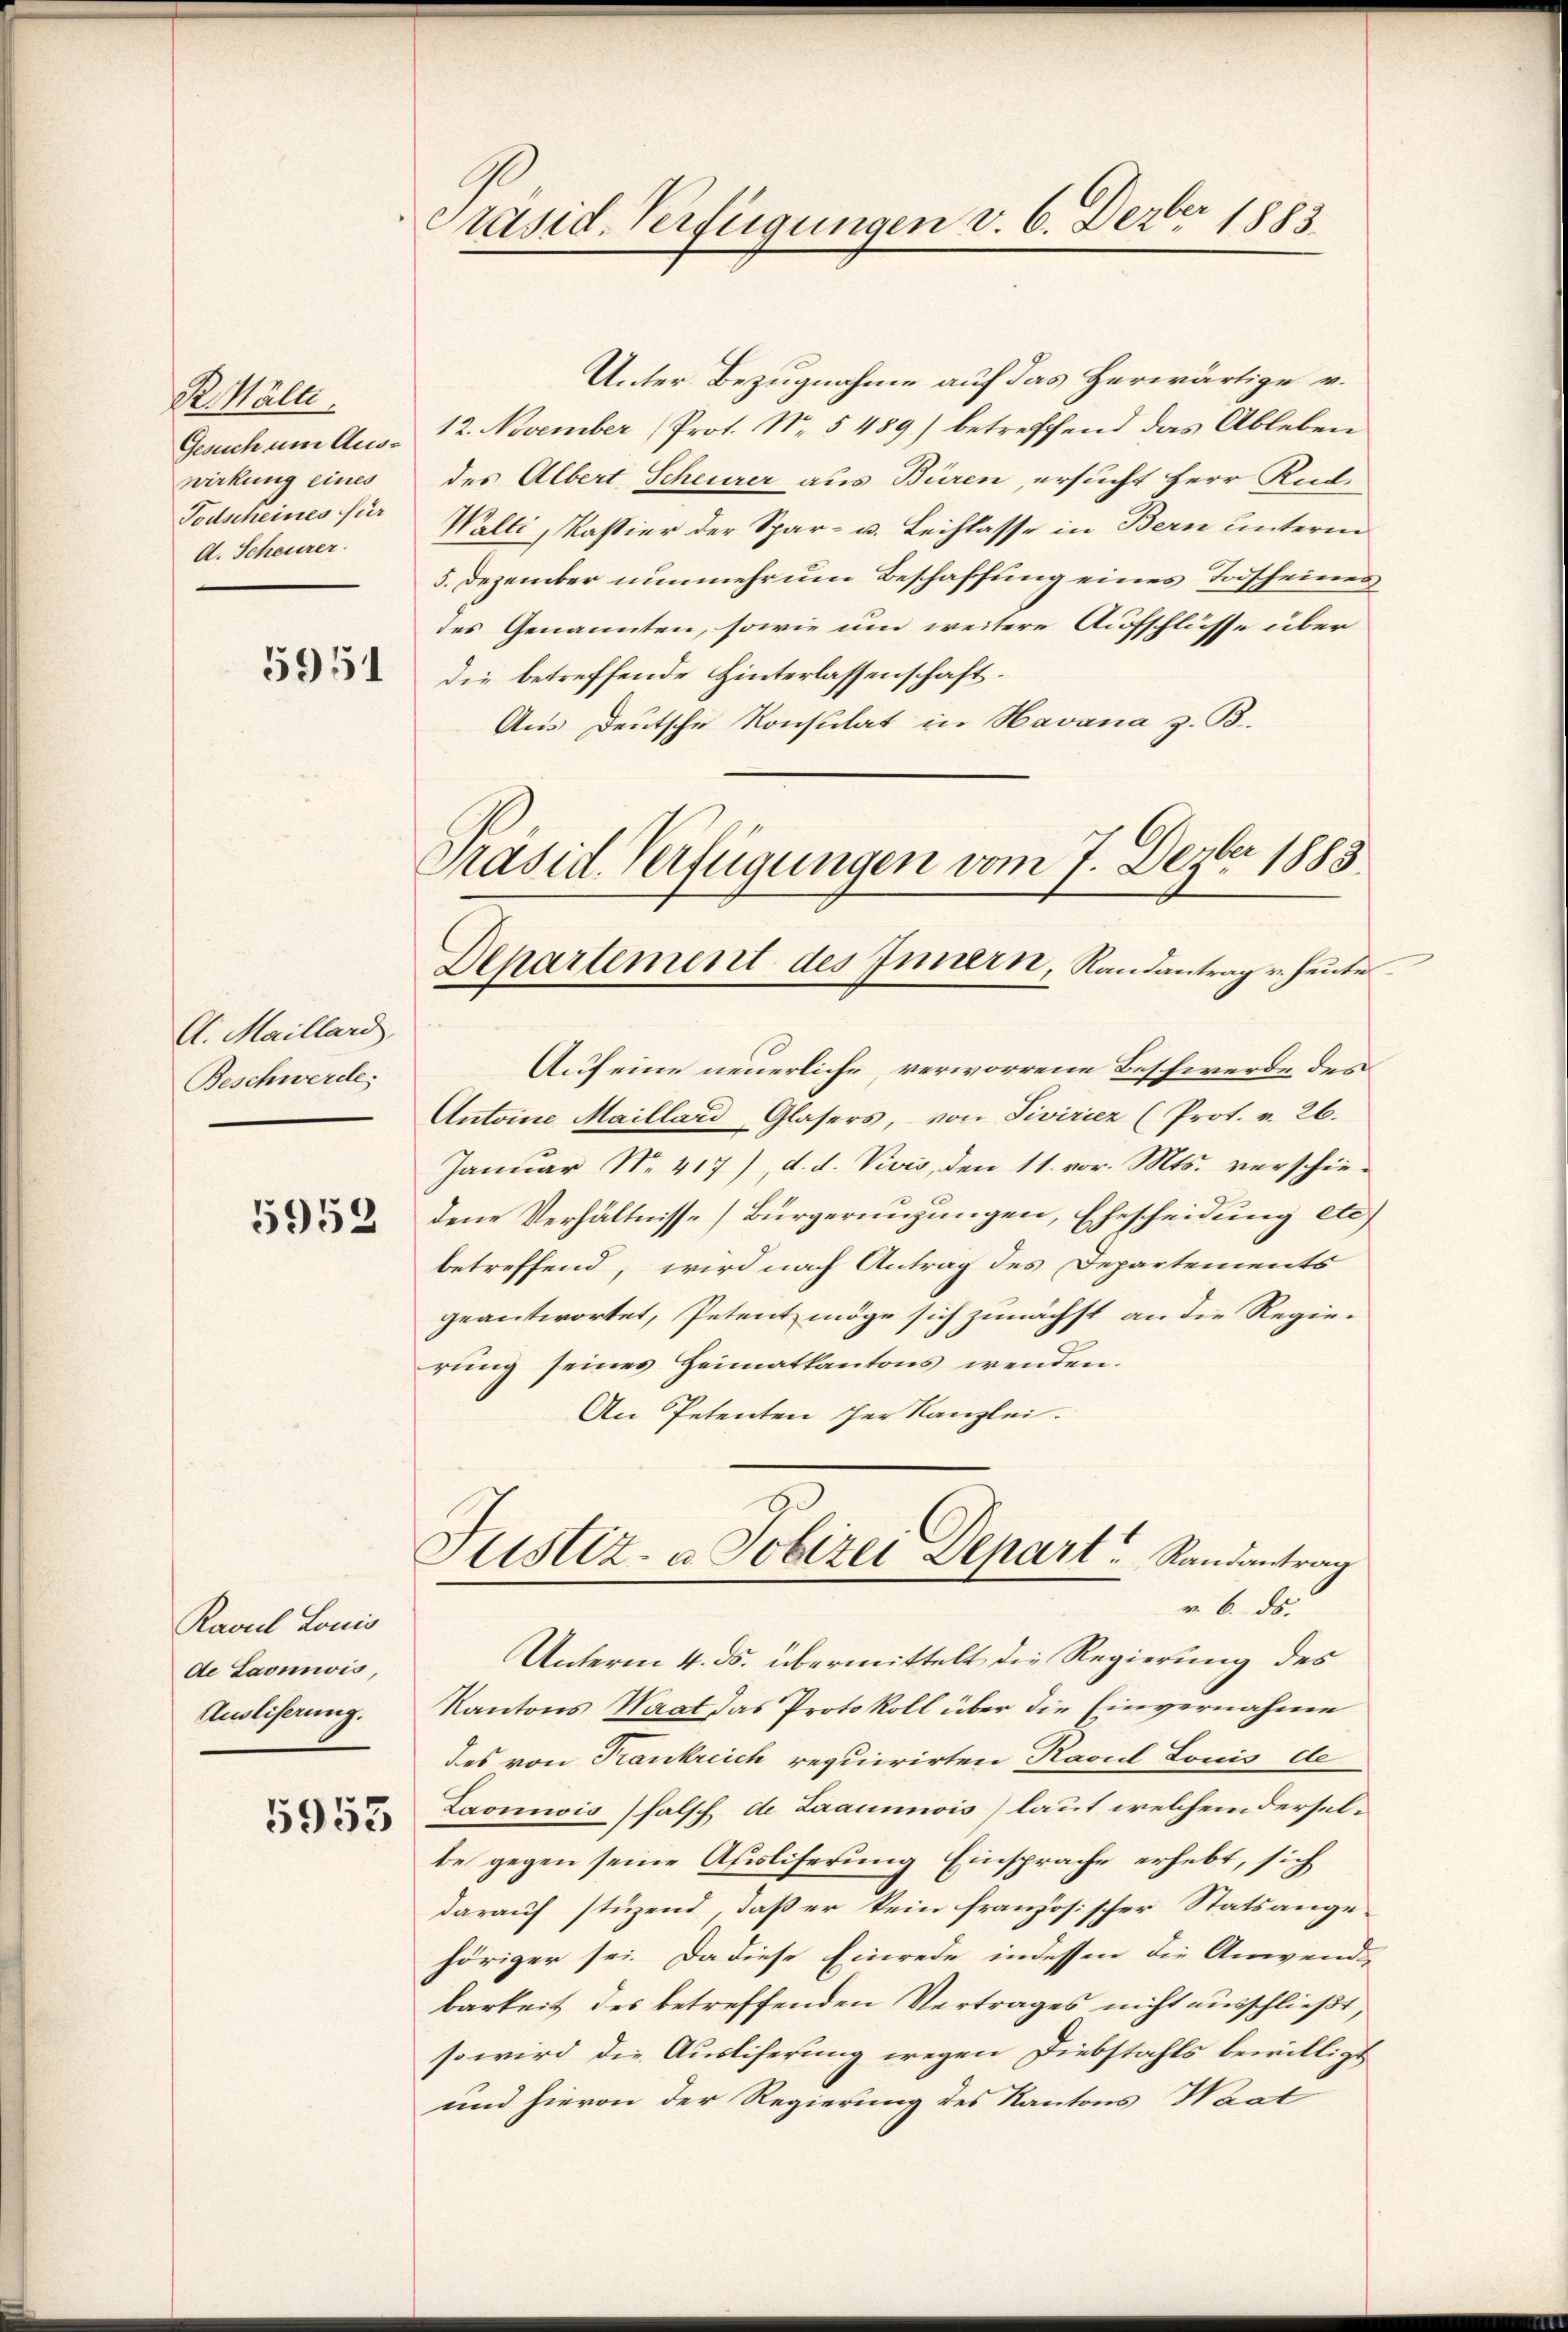
R. Hälte.
Gesuch um Auswirkung eines
Todscheines für
A. Scheurer.

5951

A. Maillard,
Beschwerde;

5952

Ravul Louis
de Laonwis,
Ausliserung.

5953

Präsid. Verfügungen v. 6. Dezbr 1883

Unter Bezugnahme auf das herwärtige v.
12. November (Prot. Nr. 5 489) betreffend das Ableben
des Albert Scheurer aus Büren, ersucht Herr Rud.
Walti, Kassier der Spar- u. Leichlasse in Bern unterm
5. Dezember nunmehr um Beschaffung eines Todscheinen
des Genannten, sowie um weitere Aufschlüsse über
die betreffende Hinterlassenschaft.
Aus deutsche Konsulat in Havana z. B.
u
Präsid. Verfügungen vom 7. Dezbr. 1883.

Departement des Innern, Randantrag u. heute

Auf eine neuerliche, verworrene Beschwerde des
Antoine Maillard Glasers, von Sivirier (Prot. v. 26.
Januar No. 417), d. d. Vivis, den 11. vor. Mts. verschie-
dene Verhältnisse] Bürgeringungen, Ehescheidung etc.)
betreffend, wird nach Antrag des Departements
geantwortet, Petent möge sich zunächst an die Regie-
rung seines Heimatkantons wenden.
An Petenten der Kanzlei.
Justiz- & Polizei Depart Randantrag
v. 6. ds.
Unterm 4. ds. übermittelt die Regierung des
Kantons Waat das Protokoll über die Einvernahme
des von Frankreich requirirten Ravul Louis de
Laomnis falsch de Laaunis) laut welchem derselbe gegen seine Ausliserung Einsprache erhebt, sich
darauf stüzend, daß er kein französischer Statsange-
höriger sei. Da diese Einrede indessen die Anwend-
barkeit des betreffenden Vertrages nicht ausschließt,
so wird die Ausliferung wegen Diebstahls bewilligt
und hievon der Regierung des Kantons Haat